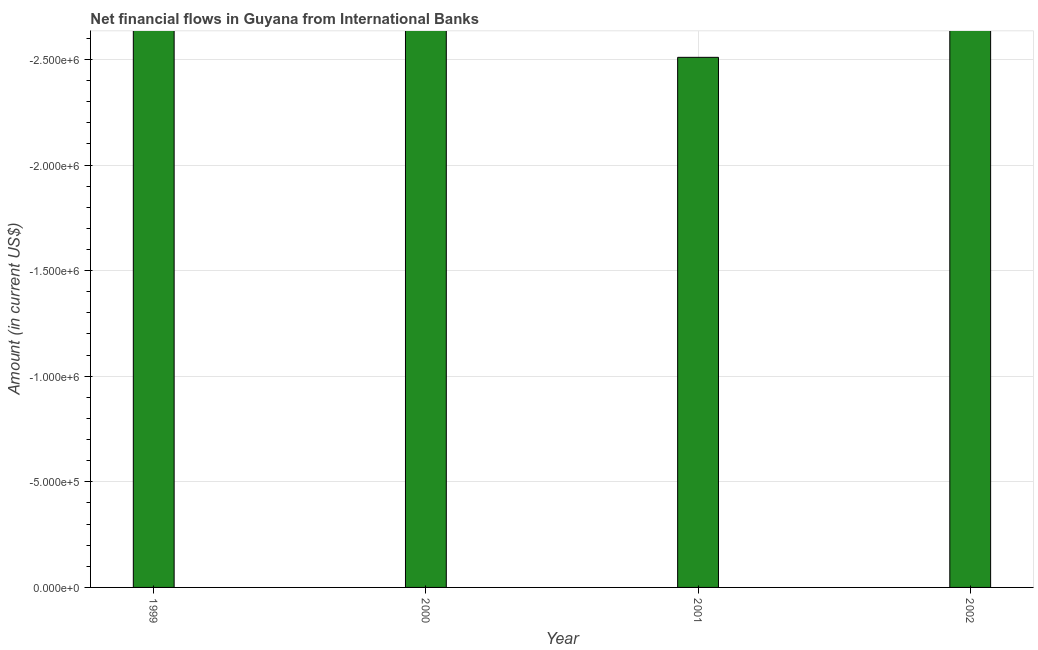
| Year | Net financial flows from IBRD |
 | --- | --- |
 | 1999 | -3.16e+06 |
 | 2000 | -3.16e+06 |
 | 2001 | -2.51e+06 |
 | 2002 | -2.82e+06 |